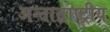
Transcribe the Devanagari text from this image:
अन्तान्र्राष्ट्रीय